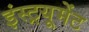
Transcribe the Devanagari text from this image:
इंस्ट्रयूमेंट